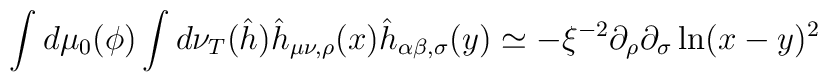
\int d\mu_{0}(\phi)\int d\nu_{T}(\hat{h})\hat{h}_{\mu\nu,\rho}(x)\hat{h}_{\alpha\beta,\sigma}(y)\simeq-\xi^{-2}\partial_{\rho}\partial_{\sigma}\ln(x-y)^{2}